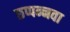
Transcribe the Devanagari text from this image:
छप्पन्नवा